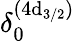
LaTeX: \delta_{0}^{(4\mathrm{d}_{3/2})}